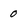
Character: 0